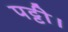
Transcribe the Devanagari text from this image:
पट्टी।